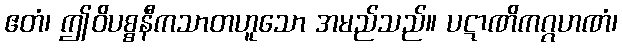
ဧတံ၊ ဤဝိပစ္စနီကသာတဟူသော အမည်သည်။ ပဋာဏိကဂ္ဂဟဏံ၊